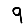
Digit: 9